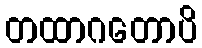
တထာဂတောပိ